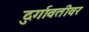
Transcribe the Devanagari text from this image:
दुर्गावतीवर